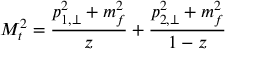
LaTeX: M _ { t } ^ { 2 } = \frac { p _ { 1 , \perp } ^ { 2 } + m _ { f } ^ { 2 } } { z } + \frac { p _ { 2 , \perp } ^ { 2 } + m _ { f } ^ { 2 } } { 1 - z }